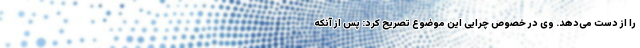
را از دست می‌دهد. وی در خصوص چرایی این موضوع تصریح کرد: پس از آنکه